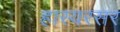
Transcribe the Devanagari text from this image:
हास्यरसर